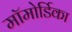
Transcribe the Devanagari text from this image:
मॉमोर्डिका